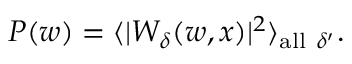
P ( w ) = \langle | W _ { \delta } ( w , x ) | ^ { 2 } \rangle _ { \mathrm { a l l } \ \delta ^ { \prime } } .